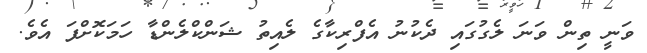
ވަނީ ތިން ވަނަ ލެގުގައި ދެކުނު އެފްރިކާގެ ލެއިތު ޝަންކްލެންޑާ ހަމަކޮށްފަ އެވެ.